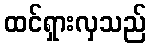
ထင်ရှားလှသည်